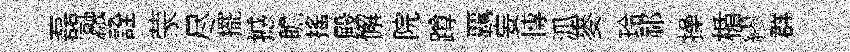
磊瀜詮蒙尽擺撼瞻搖殿懈院蹲覊妄慱泒麥玲祁操楯繆群